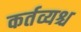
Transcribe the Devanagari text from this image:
कर्तव्यश्च